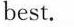
best.